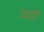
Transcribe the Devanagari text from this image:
उहां